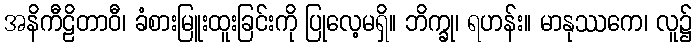
အနိကီဠိတာဝီ၊ ခံစားမြူးထူးခြင်းကို ပြုလေ့မရှိ။ ဘိက္ခု၊ ရဟန်း။ မာနုဿကေ၊ လူ၌